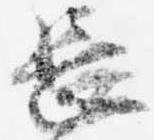
長